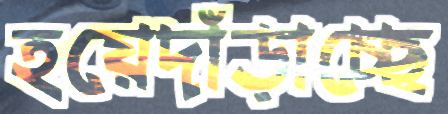
হয়েদাঁড়াচ্ছে